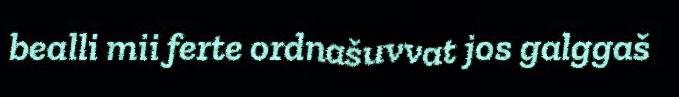
bealli mii ferte ordnašuvvat jos galggaš